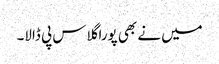
میں نے بھی پورا گلاس پی ڈالا۔